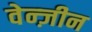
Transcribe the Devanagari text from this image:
वेन्ज़ीन